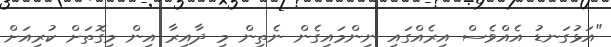
"އަޅުގަނޑު އެއްވެސް އިރެއްގައި ނިންމައިގެން ނެތިން މި ދާއިރާ އިން މިގޮތަށް ކުރިއަށް